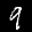
Label: 9